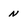
Character: n